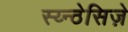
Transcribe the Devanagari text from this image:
स्य्न्ठेसिज़े